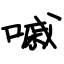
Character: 嘁